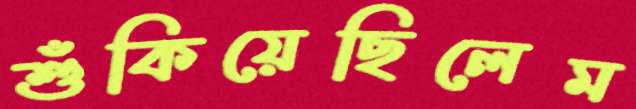
শুঁকিয়েছিলেম